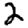
Digit: 2